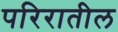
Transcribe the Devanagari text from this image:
परिरातील